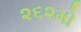
૨૬૨મો